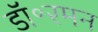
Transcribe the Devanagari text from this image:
डॉ॰रमन